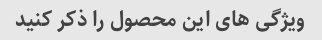
ویژگی های این محصول را ذکر کنید